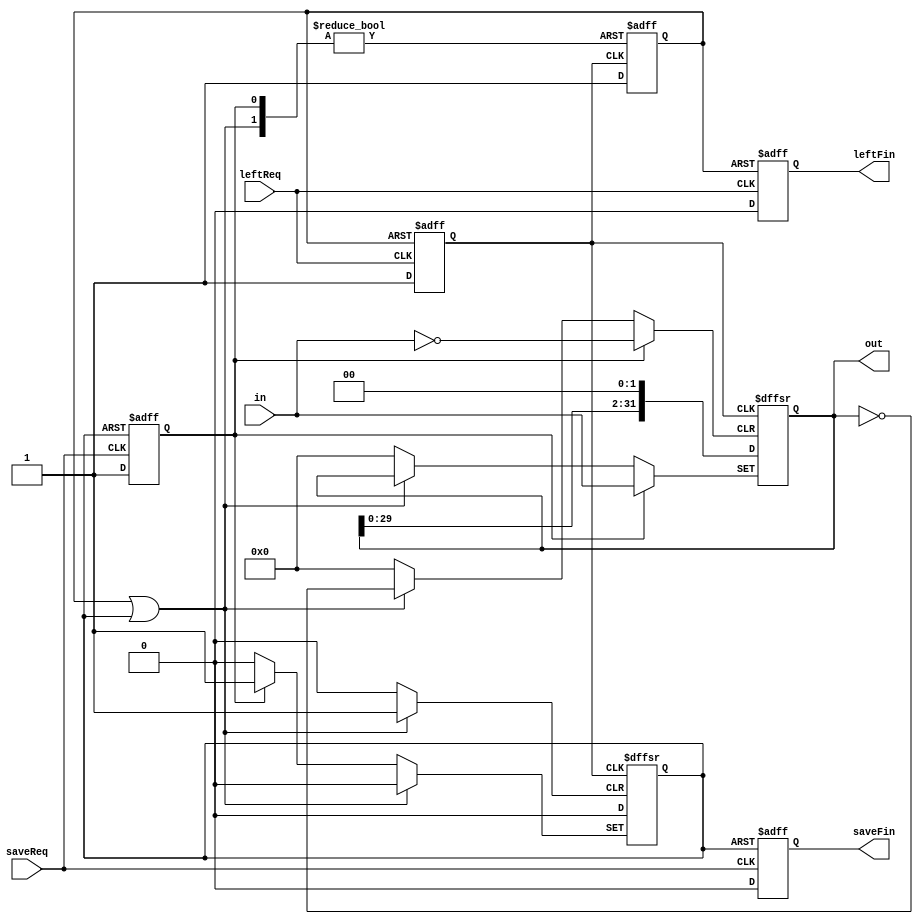
// This program was cloned from: https://github.com/Mario-Hero/Async-Karin
// License: MIT License

`timescale 1ns / 1ps
//////////////////////////////////////////////////////////////////////////////////
// 
// Module Name: registerLeft
// Description: Shift Register (Left)
//              When saveReq rises, in -> out. Then saveFin rises.
//              When leftReq rises, {out<<1,0} -> out. Then leftFin rises.
//              Width is the bit width of in and out.
// Dependencies: 
// 
// Revision:
// Revision 0.01 - File Created
// Additional Comments:
// 
//////////////////////////////////////////////////////////////////////////////////

module registerLeft #(parameter Width=32) (saveReq,saveFin,leftReq,leftFin,in,out);
input saveReq,leftReq;
output reg saveFin=1'b0, leftFin=1'b0;
input [Width-1:0] in;
output reg [Width-1:0] out=0;

reg leftReqBuf=1'b0,leftFinBuf=1'b0,saveReqBuf=1'b0,saveFinBuf=1'b0;
wire eventFin=leftFinBuf|saveFinBuf;

always@(posedge leftReq or posedge leftFinBuf) begin
    if(leftFinBuf) begin 
        leftReqBuf<=1'b0;
        leftFin<=1'b1;
    end
    else begin
        leftReqBuf<=1'b1;
        leftFin<=1'b0;
    end
end

always@(posedge saveReq or posedge saveFinBuf) begin
    if(saveFinBuf) begin
        saveReqBuf<=1'b0;
        saveFin<=1'b1;
    end
    else begin
        saveReqBuf<=1'b1;
        saveFin<=1'b0;
    end
end

always@(posedge saveReqBuf or posedge leftReqBuf or posedge eventFin) begin
if(eventFin) begin
    saveFinBuf<=1'b0;
    leftFinBuf<=1'b0;
    out<=out;
end
else if(saveReqBuf) begin
    saveFinBuf<=1'b1;
    leftFinBuf<=1'b0;
    out<=in;
end
else if(leftReqBuf) begin
    leftFinBuf<=1'b1;
    saveFinBuf<=1'b0;
    out<={out<<1,1'b0};
end
else begin
    leftFinBuf<=1'b0;
    saveFinBuf<=1'b0;
    out<=out;
end
end

endmodule